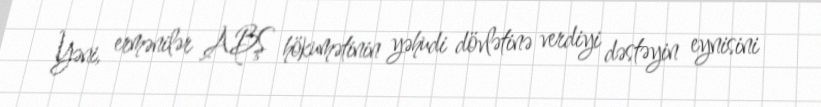
Yəni, ermənilər ABŞ hökumətinin yəhudi dövlətinə verdiyi dəstəyin eynisini